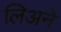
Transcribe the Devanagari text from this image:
लिअने